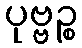
ပုဗ္ဗဉ္စ